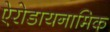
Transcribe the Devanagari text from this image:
ऐरोडायनामिक